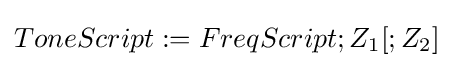
ToneScript:=FreqScript;Z_{1}[;Z_{2}]